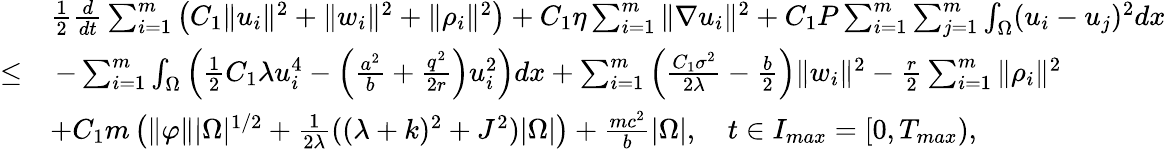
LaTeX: \begin{array}{rl}&{\frac{1}{2}\frac{d}{dt}\sum_{i=1}^{m}\left(C_{1}\| u_{i}\| ^{2}+\| w_{i}\| ^{2}+\| \rho_{i}\| ^{2}\right)+C_{1}\eta\sum_{i=1}^{m}\| \nabla u_{i}\| ^{2}+C_{1}P\sum_{i=1}^{m}\sum_{j=1}^{m}\int_{\Omega}(u_{i}-u_{j})^{2}dx}\\ {\leq}&{\, -\sum_{i=1}^{m}\int_{\Omega}\left(\frac{1}{2}C_{1}\lambda u_{i}^{4}-\left(\frac{a^{2}}{b}+\frac{q^{2}}{2r}\right)u_{i}^{2}\right)dx+\sum_{i=1}^{m}\left(\frac{C_{1}\sigma^{2}}{2\lambda}-\frac{b}{2}\right)\| w_{i}\| ^{2}-\frac{r}{2}\sum_{i=1}^{m}\| \rho_{i}\| ^{2}}\\ &{+C_{1}m\left(\| \varphi\| |\Omega|^{1/2}+\frac{1}{2\lambda}((\lambda+k)^{2}+J^{2})|\Omega|\right)+\frac{mc^{2}}{b}|\Omega|,\quad t\in I_{max}=[0,T_{max}),}\end{array}